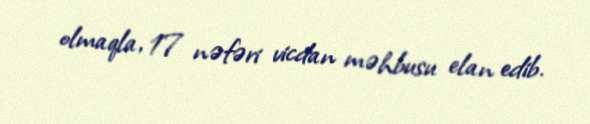
olmaqla, 17 nəfəri vicdan məhbusu elan edib.